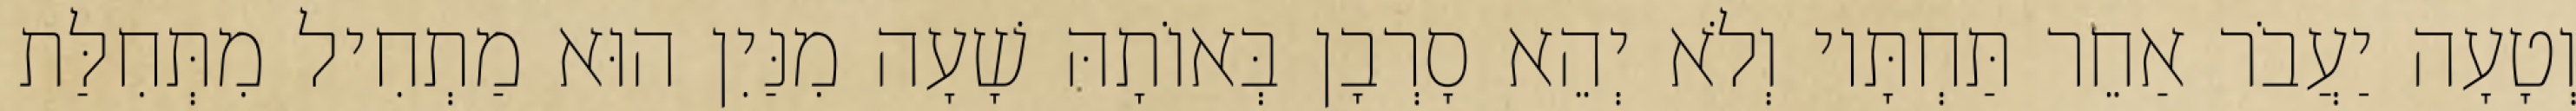
וְטָעָה יַעֲבֹר אַחֵר תַּחְתָּיו וְלֹא יְהֵא סָרְבָן בְּאוֹתָהּ שָׁעָה מִנַּיִן הוּא מַתְחִיל מִתְּחִלַּת